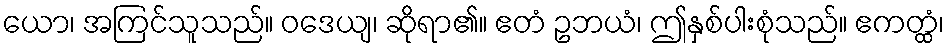
ယော၊ အကြင်သူသည်။ ဝဒေယျ၊ ဆိုရာ၏။ ဧတံ ဥဘယံ၊ ဤနှစ်ပါးစုံသည်။ ဧကတ္ထံ၊